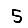
Digit: 5